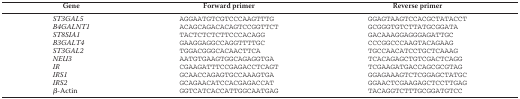
| Gene | Forward primer | Reverse primer |
 | --- | --- | --- |
 | ST3GAL5 | AGGAATGTCGTCCCAAGTTTG | GGAGTAAGTCCACGCTATACCT |
 | B4GALNT1 | ACAGCAGACACAGTCCGGTTCT | GCGGGTGTCTTATGCGGATA |
 | ST8SIA1 | TACTCTCTCTTCCCACAGG | GACAAAGGAGGGAGATTGC |
 | B3GALT4 | GAAGGAGGCCAGGTTTTGC | CCCGGCCCAAGTACAGAAG |
 | ST3GAL2 | TGGACGGGCACAACTTCA | TGCCAACATCCTGCTCAAAG |
 | NEU3 | AATGTGAAGTGGCAGAGGTGA | TCACAGAGCTGTCGACTCAGG |
 | IR | CGAAGATTTCCGAGACCTCAGT | TCGAAGATGACCAGCGCGTAG |
 | IRS1 | GCAACCAGAGTGCCAAAGTGA | GGAGAAAGTCTCGGAGCTATGC |
 | IRS2 | GCAGAACATCCACGAGACCAT | GGAACTCGAAGAGCTCCTTGAG |
 | β-Actin | GGTCATCACCATTGGCAATGAG | TACAGGTCTTTGCGGATGTCC |